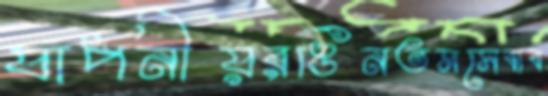
যাপনীয়রঙিনতমসেবাব